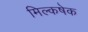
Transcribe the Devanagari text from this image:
मिल्कषेक